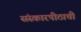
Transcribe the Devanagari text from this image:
संस्कारपीठाची